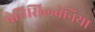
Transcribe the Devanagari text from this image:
पेनिसिल्‍वेनिया